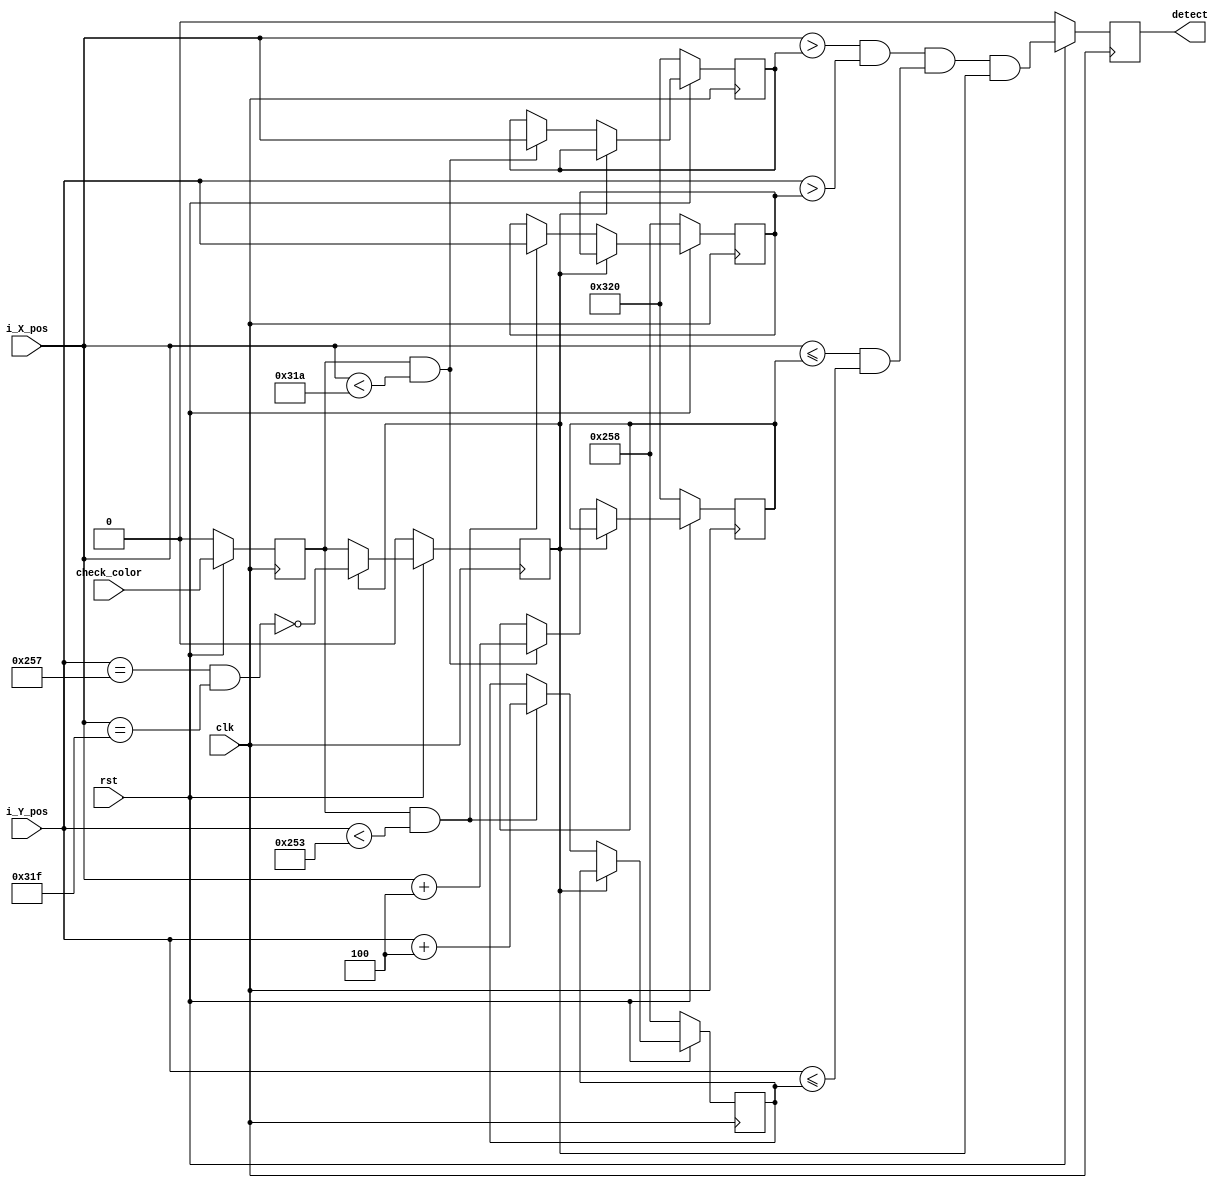
module cursor(
	input clk, rst,
	input [12:0] i_X_pos, // vga output position
	input [12:0] i_Y_pos, // vga output position
	input check_color,
	// input [2:0] cursor_size, 
	output reg detect
);

parameter cursor_size = 13'd4;
parameter X_MAX = 13'd799;
parameter Y_MAX = 13'd599;
parameter X_MAX_fin = 13'd800;
parameter Y_MAX_fin = 13'd600;
parameter X_comp_MAX = 13'd794; // X_MAX - cursor_size - 12'd1;
parameter Y_comp_MAX = 13'd595; // Y_MAX - cursor_size;

reg  detect_color_w, detect_color_r, check_color_r;
reg  [12:0] X_pos1_w, Y_pos1_w, X_pos1_r, Y_pos1_r;
reg  [12:0] X_pos2_w, Y_pos2_w, X_pos2_r, Y_pos2_r;

wire detect_w = (((i_X_pos > X_pos1_r) && (i_Y_pos > Y_pos1_r)) && ((i_X_pos <= X_pos2_r) && (i_Y_pos <= Y_pos2_r)) && detect_color_r);

// wire check_color = ((i_R[9:5] > 16) && (i_G[9:5] < 6) && (i_B[9:5] < 6));

always@(*) begin
	if (detect_color_r) begin
		detect_color_w = ~((i_Y_pos == Y_MAX) && (i_X_pos == X_MAX));
		X_pos1_w = X_pos1_r;
		Y_pos1_w = Y_pos1_r;
		X_pos2_w = X_pos2_r;
		Y_pos2_w = Y_pos2_r;
	end else begin
		detect_color_w = check_color_r;
		X_pos1_w = (check_color_r && (i_X_pos < X_comp_MAX)) ? i_X_pos : X_pos1_r;
		Y_pos1_w = (check_color_r && (i_Y_pos < Y_comp_MAX)) ? i_Y_pos : Y_pos1_r;
		X_pos2_w = (check_color_r && (i_X_pos < X_comp_MAX)) ? (i_X_pos + cursor_size) : X_pos2_r;
		Y_pos2_w = (check_color_r && (i_Y_pos < Y_comp_MAX)) ? (i_Y_pos + cursor_size) : Y_pos2_r;
	end
end

always@(posedge clk) begin
	if (!rst) begin
		detect_color_r <= 1'd0;
		check_color_r  <= 1'd0;
		detect         <= 1'd0;
		X_pos1_r       <= X_MAX_fin;
		Y_pos1_r       <= Y_MAX_fin;
		X_pos2_r       <= X_MAX_fin;
		Y_pos2_r       <= Y_MAX_fin;
	end else begin
		detect_color_r <= detect_color_w;
		check_color_r  <= check_color;
		detect         <= detect_w;
		X_pos1_r       <= X_pos1_w;
		Y_pos1_r       <= Y_pos1_w;
		X_pos2_r       <= X_pos2_w;
		Y_pos2_r       <= Y_pos2_w;
	end
end
	
endmodule